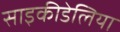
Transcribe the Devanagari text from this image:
साइकीडेलिया